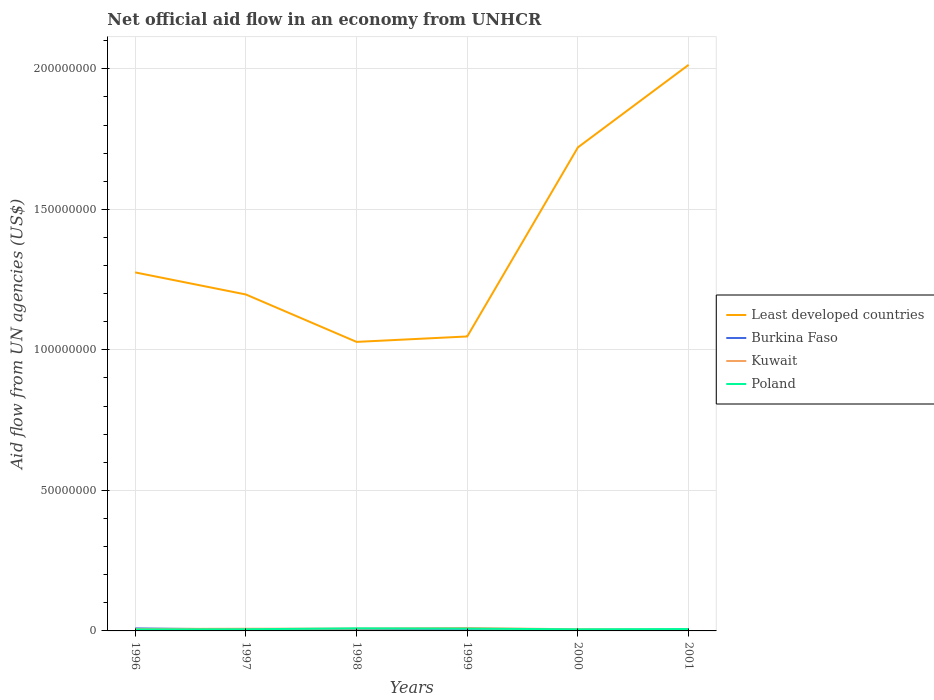
| Years | Least developed countries | Burkina Faso | Kuwait | Poland |
 | --- | --- | --- | --- | --- |
 | 1996 | 1.28e+08 | 9e+05 | 6.9e+05 | 5.4e+05 |
 | 1997 | 1.2e+08 | 5.1e+05 | 7.8e+05 | 5.9e+05 |
 | 1998 | 1.03e+08 | 3.8e+05 | 8.1e+05 | 9.2e+05 |
 | 1999 | 1.05e+08 | 2.6e+05 | 1.02e+06 | 8.2e+05 |
 | 2000 | 1.72e+08 | 2e+05 | 5.8e+05 | 5.7e+05 |
 | 2001 | 2.01e+08 | 2.9e+05 | 4.3e+05 | 6.8e+05 |